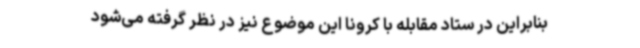
بنابراین در ستاد مقابله با کرونا این موضوع نیز در نظر گرفته می‌شود